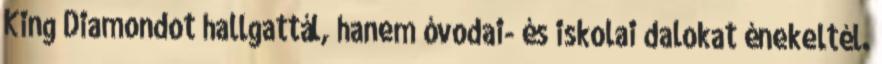
King Diamondot hallgattál, hanem óvodai- és iskolai dalokat énekeltél.